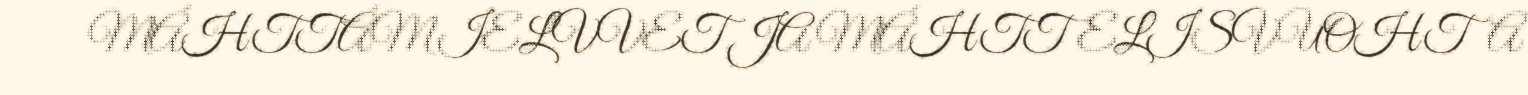
MÁHTTÁM IELVVET JA MÁHTTELISVUOHTA